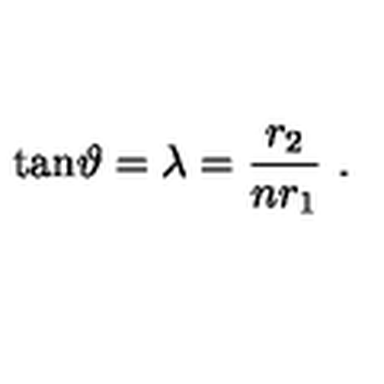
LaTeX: \mathrm { t a n } \vartheta = \lambda = { \frac { r _ { 2 } } { n r _ { 1 } } } \ .